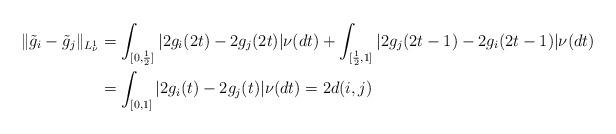
LaTeX: \begin{align*}\| \tilde{g}_i - \tilde{g}_j \|_{L_\nu^1} &= \int_{[0,\frac{1}{2}]} |2 g_i(2t)-2 g_j(2t)|\nu(dt) + \int_{[\frac{1}{2},1]} |2g_j(2t-1) - 2 g_i(2t-1)|\nu(dt) \\ &= \int_{[0,1]} |2g_i(t)-2g_j(t)|\nu (dt) =2 d(i,j)\end{align*}